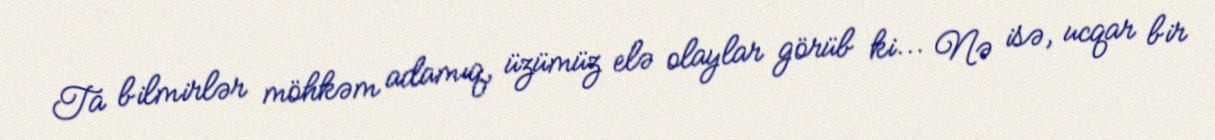
Ta bilmirlər möhkəm adamıq, üzümüz elə olaylar görüb ki... Nə isə, ucqar bir